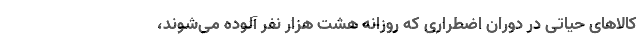
کالاهای حیاتی در دوران اضطراری که روزانه هشت هزار نفر آلوده می‌شوند،